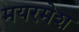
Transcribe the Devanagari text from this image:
मयरमेश